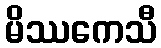
မိဿကေသီ